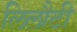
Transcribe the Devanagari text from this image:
लिलौटी